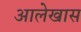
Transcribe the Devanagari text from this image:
आलेखास